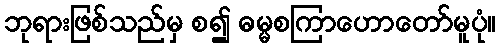
ဘုရားဖြစ်သည်မှ စ၍ ဓမ္မစကြာဟောတော်မူပုံ။